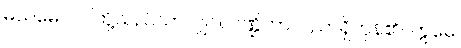
မယမေဝ၊ ငါတို့သည်သာလျှင်။ ပဏ္ဍိတာ၊ ပညာရှိကုန်၏။ ဣမေ၊